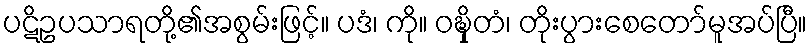
ပဋိဥပသာရတို့၏အစွမ်းဖြင့်။ ပဒံ၊ ကို။ ဝဍ္ဎှိတံ၊ တိုးပွားစေတော်မူအပ်ပြီ။